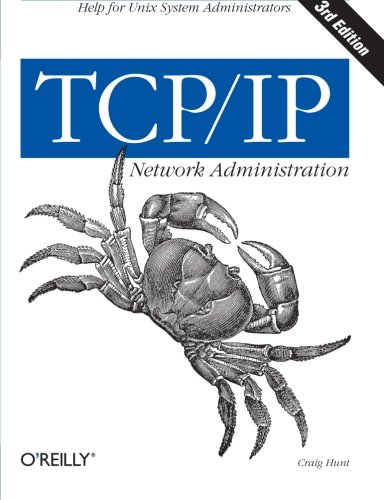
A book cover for TCP/IP Network Administration (3rd Edition; O'Reilly Networking); Craig Hunt; Computers & Technology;